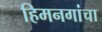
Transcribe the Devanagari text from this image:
हिमनगांचा